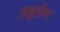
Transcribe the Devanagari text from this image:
अत्तुदीपा